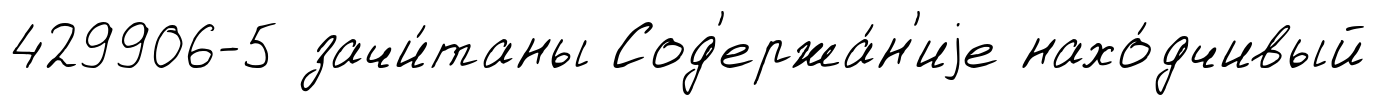
429906-5 зачи́таны Сод'ержа́н'иjе нахо́дчивый